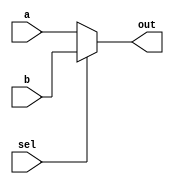
module mux2to1( a, b, sel, out);
    input a, b;
    input sel;
    output out;
    wire out;

    always @(sel or a or b)
        out = (sel) ? b:a;
    // always equals to the following assign sentence
    // assign out = (sel) ? b:a;
endmodule